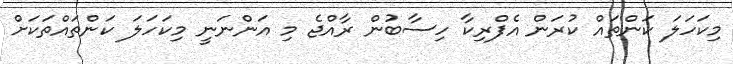
މިކަހަލަ ކަންތައް ކުރަން އެފްރިކާ ހިސާބުން ރާއްޖެ މި އަންނަނީ މިކަހަލަ ކަންތައްތަކަށް